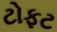
ટોફટ